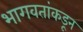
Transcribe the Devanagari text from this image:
भागवतांकडून